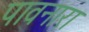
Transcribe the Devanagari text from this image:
पावनारा